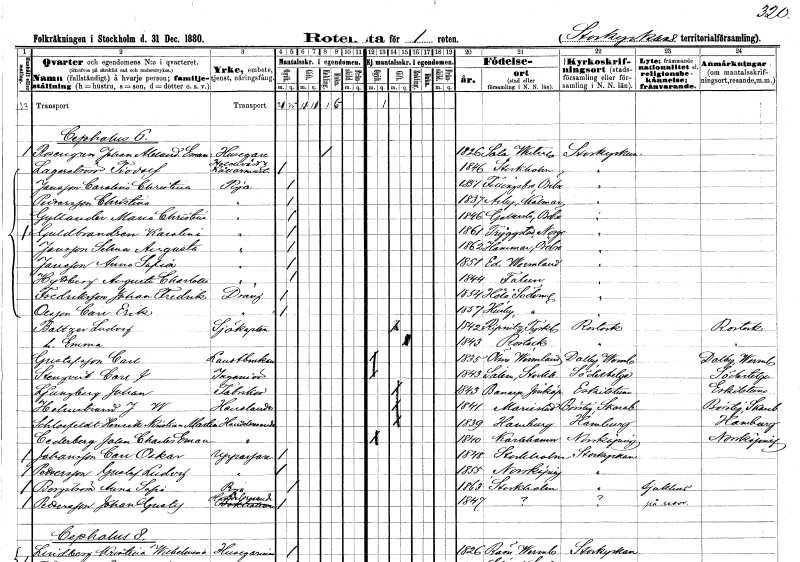
gt_parse: households: individuals: FN: Johan Alexander Emanuel
EN: Rosengren
YRKE: Husägare
KON: M
CIV: E
FODAR: 1826
FODFORS: Sala Västmanlands län
FN: Fridolf
EN: Lagerström
YRKE: Hotellvärd Källarmästare
KON: M
CIV: O
FODAR: 1846
FODFORS: Stockholm
FN: Carolina Christina
EN: Jansson
YRKE: Piga
KON: K
CIV: O
FODAR: 1851
FODFORS: Fellingsbro Örebro län
FN: Christina
EN: Pettersson
YRKE: Piga
KON: K
CIV: O
FODAR: 1837
FODFORS: Arby Kalmar län
FN: Maria Christina
EN: Gyllander
YRKE: Piga
KON: K
CIV: O
FODAR: 1846
FODFORS: Götlunda Västmanlands län
FN: Karolina
EN: Guldbrandsen
YRKE: Piga
KON: K
CIV: O
FODAR: 1861
FN: Selma Augusta
EN: Jansson
YRKE: Piga
KON: K
CIV: O
FODAR: 1862
FODFORS: Hammar Örebro län
FN: Anna Sofia
EN: Jansson
YRKE: Piga
KON: K
CIV: O
FODAR: 1851
FODFORS: Ed Värmlands län
FN: Augusta Charlotta
EN: Hyttberg
YRKE: Piga
KON: K
CIV: O
FODAR: 1844
FODFORS: Falun Kopparbergs län
FN: Johan Fredrik
EN: Fredriksson
YRKE: Dräng
KON: M
CIV: O
FODAR: 1854
FODFORS: Hölö Stockholms län
FN: Carl Erik
EN: Olsson
YRKE: Dräng
KON: M
CIV: O
FODAR: 1857
FODFORS: Husby Stockholms län
FN: Ludvig
EN: Baltzer
YRKE: Sjökapten
KON: M
CIV: G
FODAR: 1842
FN: Emma
KON: K
CIV: G
FODAR: 1843
FN: Carl
EN: Gustafsson
YRKE: Lantbrukare
KON: M
CIV: O
FODAR: 1835
FODFORS: Ölme Värmlands län
FN: Carl J.
EN: Stenqvist
YRKE: Ingenjör
KON: M
CIV: O
FODAR: 1843
FODFORS: Salem Skaraborgs län
FN: Johan
EN: Ljungberg
YRKE: Fabrikör
KON: M
CIV: G
FODAR: 1843
FODFORS: Barnarp Jönköpings län
FN: J. W.
EN: Holmstrand
YRKE: Handlande
KON: M
CIV: G
FODAR: 1841
FODFORS: Mariestad Skaraborgs län
FN: Henrik Kristian Martin
EN: Schlosfeldt
YRKE: Handelsresande
KON: M
CIV: G
FODAR: 1839
FN: John Charles Emanuel
EN: Cederberg
YRKE: Handelsresande
KON: M
CIV: O
FODAR: 1840
FODFORS: Karlshamn Blekinge län
FN: Carl Oskar
EN: Johansson
YRKE: Uppassare
KON: M
CIV: O
FODAR: 1848
FODFORS: Stockholm
FN: Gustaf Ludvig
EN: Pettersson
YRKE: Uppassare
KON: M
CIV: O
FODAR: 1855
FODFORS: Norrköping Östergötlands län
FN: Anna Sofia
EN: Borgström
YRKE: Piga
KON: K
CIV: O
FODAR: 1863
FODFORS: Stockholm
FN: Johan Gustaf
EN: Pettersson
YRKE: Handelsresande
KON: M
CIV: O
FODAR: 1847
FODFORS: Stockholm